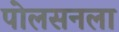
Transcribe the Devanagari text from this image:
पोलसनला